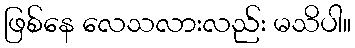
ဖြစ်နေ လေသလားလည်း မသိပါ။